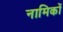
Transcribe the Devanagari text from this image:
नामिकों